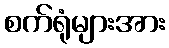
စက်ရုံများအား